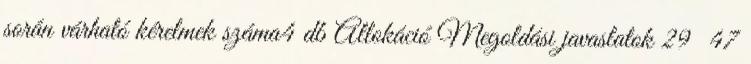
során várható kérelmek száma4 db Allokáció Megoldási javaslatok 29 47